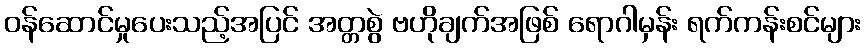
ဝန်ဆောင်မှုပေးသည့်အပြင် အတ္တစွဲ ဗဟိုချက်အဖြစ် ရောဂါမှန်း ရက်ကန်းစင်များ